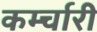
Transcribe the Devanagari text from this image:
कर्म्चारी